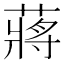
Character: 蔣